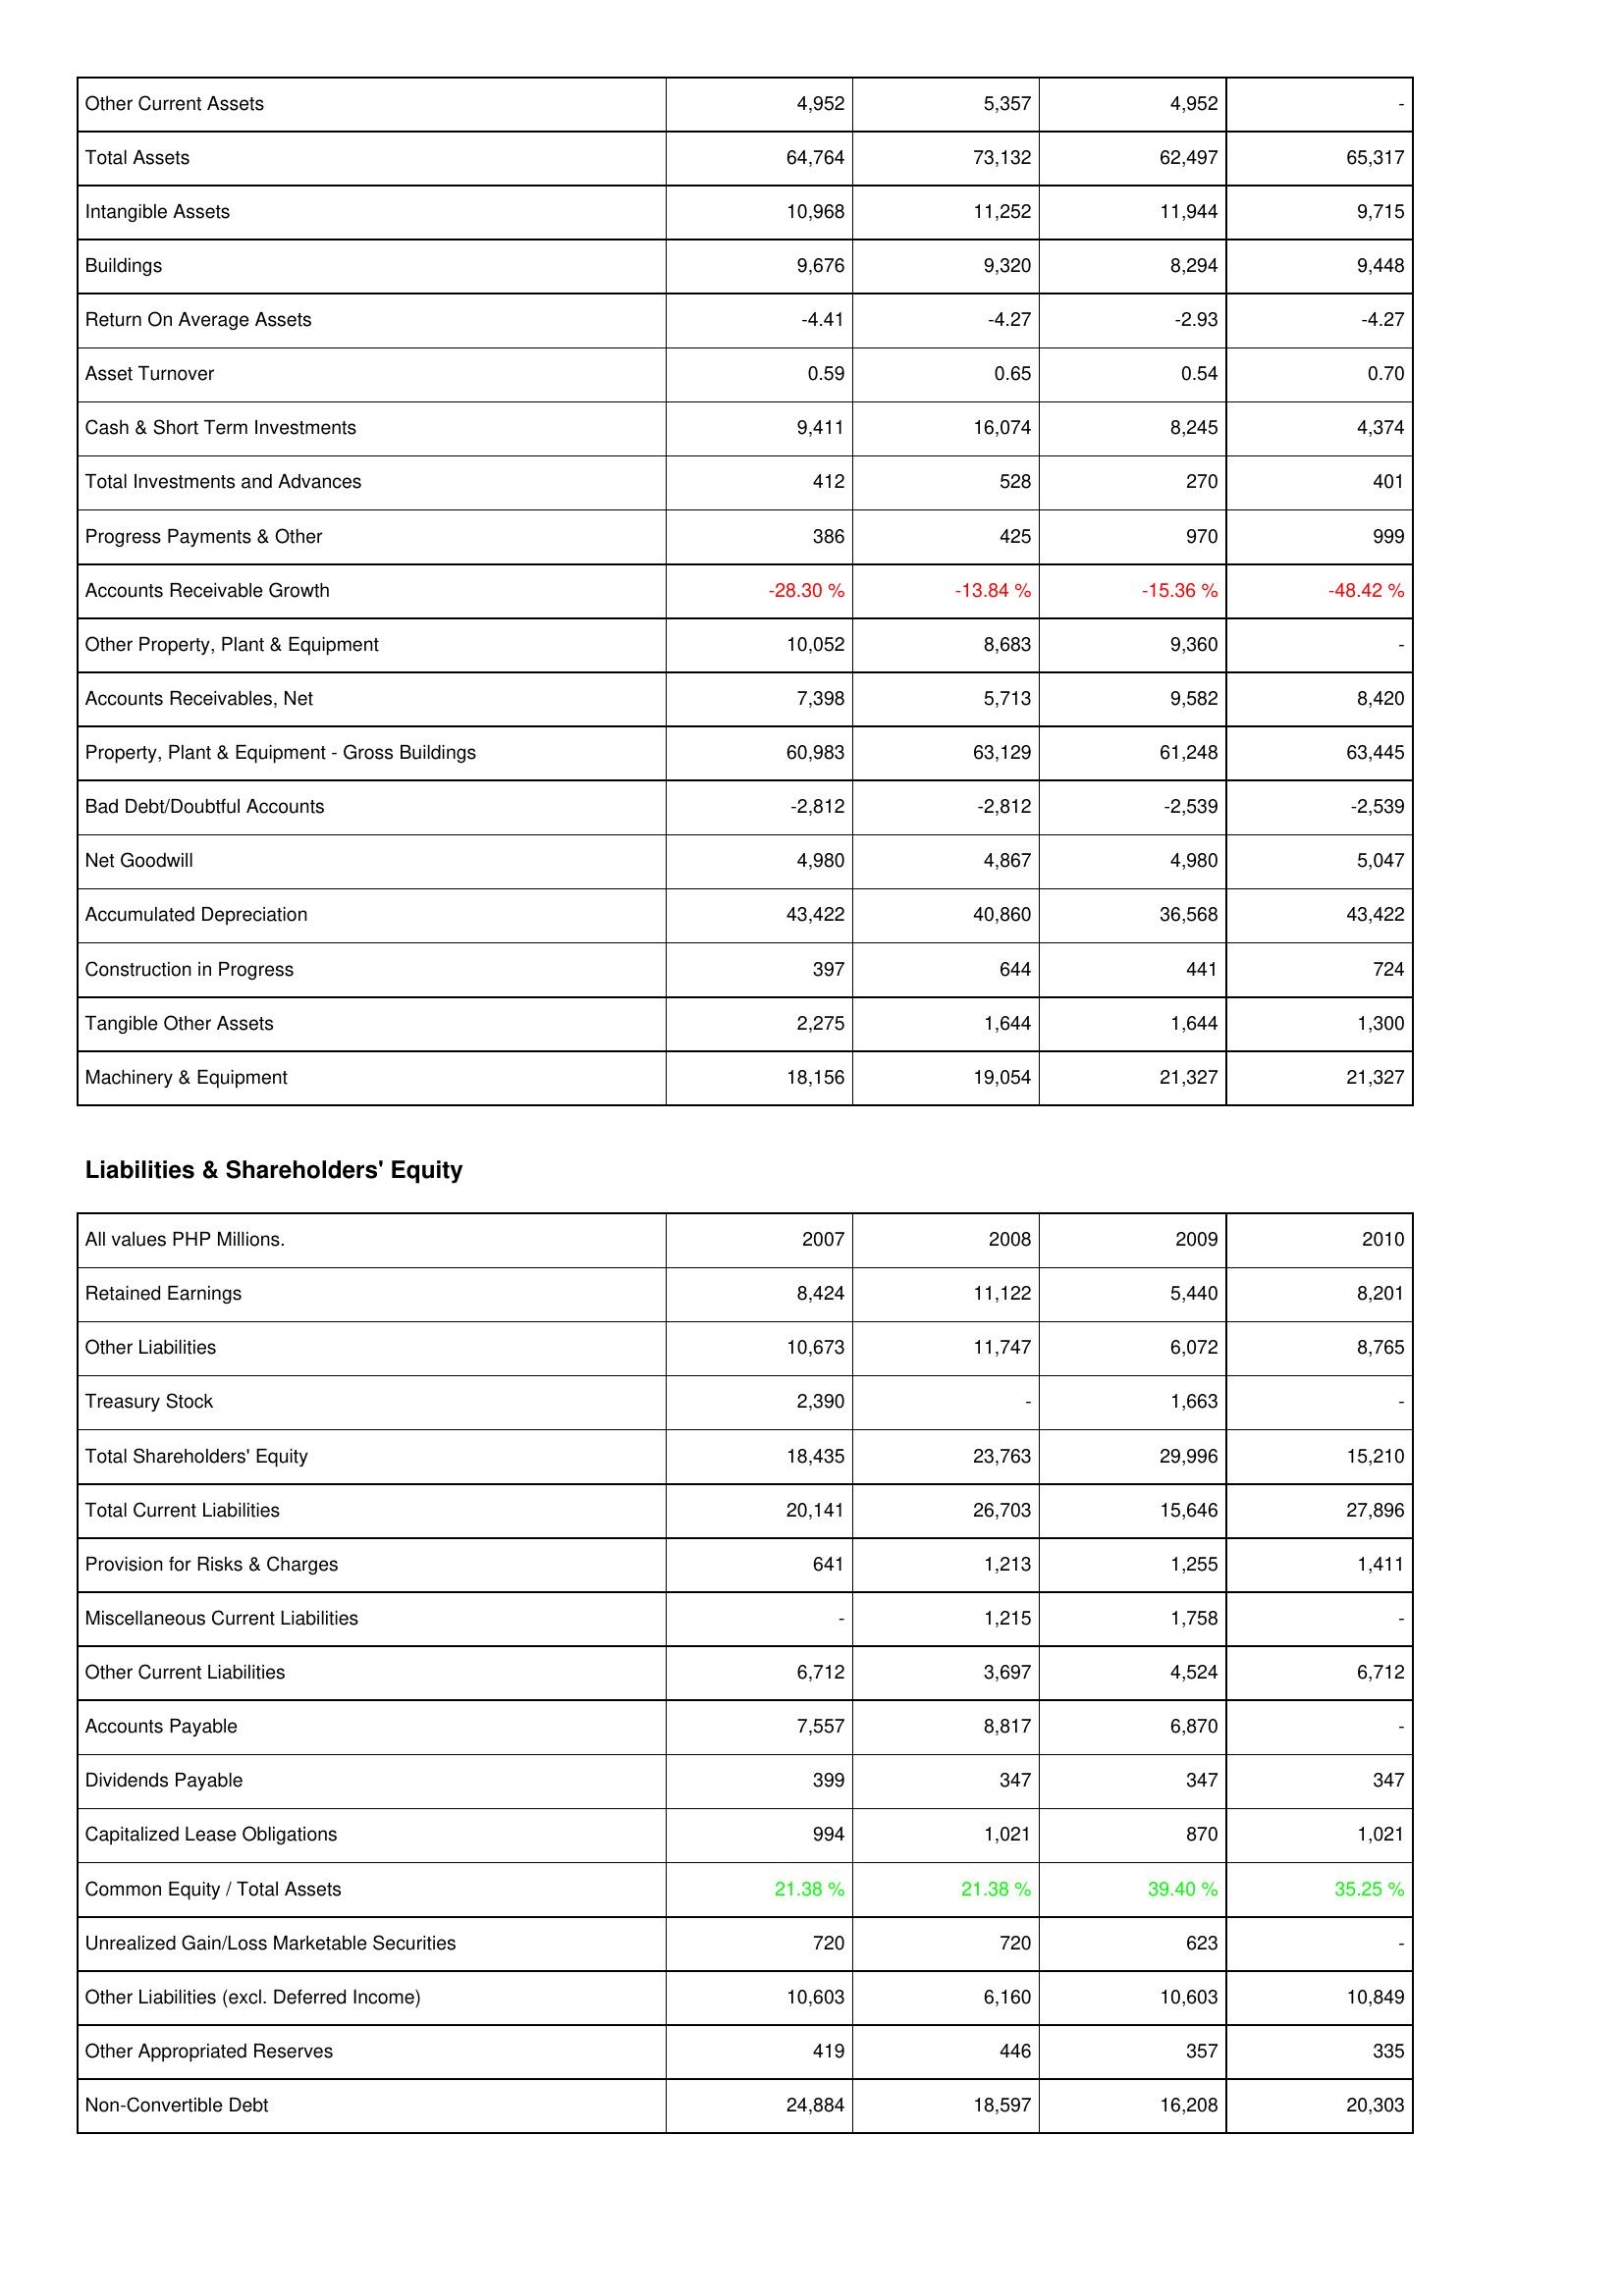
2007: Assets: Other Current Assets: 4,952
Total Assets: 64,764
Intangible Assets: 10,968
Buildings: 9,676
Return On Average Assets: -4.41
Asset Turnover: 0.59
Cash & Short Term Investments: 9,411
Total Investments and Advances: 412
Progress Payments & Other: 386
Accounts Receivable Growth: -28.30 %
Other Property, Plant & Equipment: 10,052
Accounts Receivables, Net: 7,398
Property, Plant & Equipment - Gross Buildings: 60,983
Bad Debt/Doubtful Accounts: -2,812
Net Goodwill: 4,980
Accumulated Depreciation: 43,422
Construction in Progress: 397
Tangible Other Assets: 2,275
Machinery & Equipment: 18,156
Liabilities & Shareholders' Equity: Retained Earnings: 8,424
Other Liabilities: 10,673
Treasury Stock: 2,390
Total Shareholders' Equity: 18,435
Total Current Liabilities: 20,141
Provision for Risks & Charges: 641
Miscellaneous Current Liabilities: -
Other Current Liabilities: 6,712
Accounts Payable: 7,557
Dividends Payable: 399
Capitalized Lease Obligations: 994
Common Equity / Total Assets: 21.38 %
Unrealized Gain/Loss Marketable Securities: 720
Other Liabilities (excl. Deferred Income): 10,603
Other Appropriated Reserves: 419
Non-Convertible Debt: 24,884
2008: Assets: Other Current Assets: 5,357
Total Assets: 73,132
Intangible Assets: 11,252
Buildings: 9,320
Return On Average Assets: -4.27
Asset Turnover: 0.65
Cash & Short Term Investments: 16,074
Total Investments and Advances: 528
Progress Payments & Other: 425
Accounts Receivable Growth: -13.84 %
Other Property, Plant & Equipment: 8,683
Accounts Receivables, Net: 5,713
Property, Plant & Equipment - Gross Buildings: 63,129
Bad Debt/Doubtful Accounts: -2,812
Net Goodwill: 4,867
Accumulated Depreciation: 40,860
Construction in Progress: 644
Tangible Other Assets: 1,644
Machinery & Equipment: 19,054
Liabilities & Shareholders' Equity: Retained Earnings: 11,122
Other Liabilities: 11,747
Treasury Stock: -
Total Shareholders' Equity: 23,763
Total Current Liabilities: 26,703
Provision for Risks & Charges: 1,213
Miscellaneous Current Liabilities: 1,215
Other Current Liabilities: 3,697
Accounts Payable: 8,817
Dividends Payable: 347
Capitalized Lease Obligations: 1,021
Common Equity / Total Assets: 21.38 %
Unrealized Gain/Loss Marketable Securities: 720
Other Liabilities (excl. Deferred Income): 6,160
Other Appropriated Reserves: 446
Non-Convertible Debt: 18,597
2009: Assets: Other Current Assets: 4,952
Total Assets: 62,497
Intangible Assets: 11,944
Buildings: 8,294
Return On Average Assets: -2.93
Asset Turnover: 0.54
Cash & Short Term Investments: 8,245
Total Investments and Advances: 270
Progress Payments & Other: 970
Accounts Receivable Growth: -15.36 %
Other Property, Plant & Equipment: 9,360
Accounts Receivables, Net: 9,582
Property, Plant & Equipment - Gross Buildings: 61,248
Bad Debt/Doubtful Accounts: -2,539
Net Goodwill: 4,980
Accumulated Depreciation: 36,568
Construction in Progress: 441
Tangible Other Assets: 1,644
Machinery & Equipment: 21,327
Liabilities & Shareholders' Equity: Retained Earnings: 5,440
Other Liabilities: 6,072
Treasury Stock: 1,663
Total Shareholders' Equity: 29,996
Total Current Liabilities: 15,646
Provision for Risks & Charges: 1,255
Miscellaneous Current Liabilities: 1,758
Other Current Liabilities: 4,524
Accounts Payable: 6,870
Dividends Payable: 347
Capitalized Lease Obligations: 870
Common Equity / Total Assets: 39.40 %
Unrealized Gain/Loss Marketable Securities: 623
Other Liabilities (excl. Deferred Income): 10,603
Other Appropriated Reserves: 357
Non-Convertible Debt: 16,208
2010: Assets: Other Current Assets: -
Total Assets: 65,317
Intangible Assets: 9,715
Buildings: 9,448
Return On Average Assets: -4.27
Asset Turnover: 0.70
Cash & Short Term Investments: 4,374
Total Investments and Advances: 401
Progress Payments & Other: 999
Accounts Receivable Growth: -48.42 %
Other Property, Plant & Equipment: -
Accounts Receivables, Net: 8,420
Property, Plant & Equipment - Gross Buildings: 63,445
Bad Debt/Doubtful Accounts: -2,539
Net Goodwill: 5,047
Accumulated Depreciation: 43,422
Construction in Progress: 724
Tangible Other Assets: 1,300
Machinery & Equipment: 21,327
Liabilities & Shareholders' Equity: Retained Earnings: 8,201
Other Liabilities: 8,765
Treasury Stock: -
Total Shareholders' Equity: 15,210
Total Current Liabilities: 27,896
Provision for Risks & Charges: 1,411
Miscellaneous Current Liabilities: -
Other Current Liabilities: 6,712
Accounts Payable: -
Dividends Payable: 347
Capitalized Lease Obligations: 1,021
Common Equity / Total Assets: 35.25 %
Unrealized Gain/Loss Marketable Securities: -
Other Liabilities (excl. Deferred Income): 10,849
Other Appropriated Reserves: 335
Non-Convertible Debt: 20,303